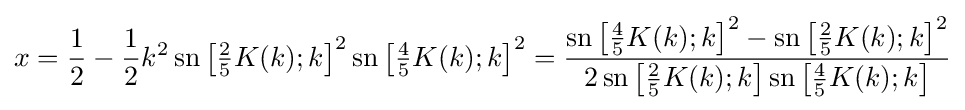
x={\frac {1}{2}}-{\frac {1}{2}}k^{2}\operatorname {sn} \left[{\tfrac {2}{5}}K(k);k\right]^{2}\operatorname {sn} \left[{\tfrac {4}{5}}K(k);k\right]^{2}={\frac {\operatorname {sn} \left[{\frac {4}{5}}K(k);k\right]^{2}-\operatorname {sn} \left[{\frac {2}{5}}K(k);k\right]^{2}}{2\operatorname {sn} \left[{\frac {2}{5}}K(k);k\right]\operatorname {sn} \left[{\frac {4}{5}}K(k);k\right]}}